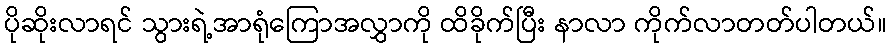
ပိုဆိုးလာရင် သွားရဲ့အာရုံကြောအလွှာကို ထိခိုက်ပြီး နာလာ ကိုက်လာတတ်ပါတယ်။